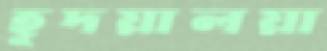
হূদয়ালয়া